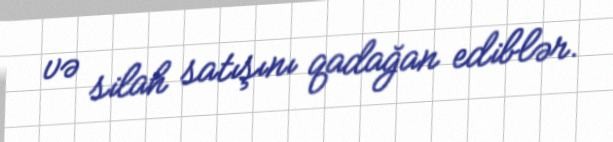
və silah satışını qadağan ediblər.